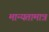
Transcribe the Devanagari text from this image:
मान्यतामात्र